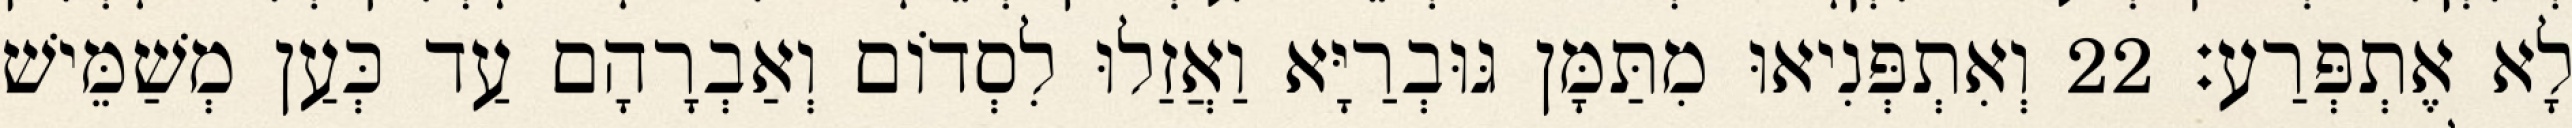
לָא אֶתְפְּרַע׃ 22 וְאִתְפְּנִיאוּ מִתַּמָּן גּוּבְרַיָּא וַאֲזַלוּ לִסְדוֹם וְאַבְרָהָם עַד כְּעַן מְשַׁמֵּישׁ